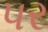
પર